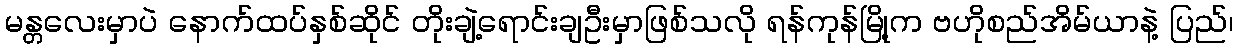
မန္တလေးမှာပဲ နောက်ထပ်နှစ်ဆိုင် တိုးချဲ့ရောင်းချဦးမှာဖြစ်သလို ရန်ကုန်မြို့က ဗဟိုစည်အိမ်ယာနဲ့ ပြည်၊